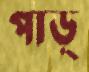
পাড়্‌